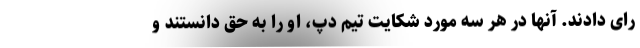
رای دادند. آنها در هر سه مورد شکایت تیم دپ، او را به حق دانستند و